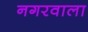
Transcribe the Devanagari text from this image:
नगरवाला